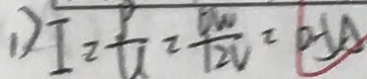
1 ) I - \frac { P } { U } = \frac { 6 W } { 1 2 V } = 0 . 5 A